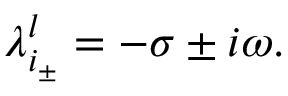
\begin{array} { r } { \lambda _ { i _ { \pm } } ^ { l } = - \sigma \pm i \omega . } \end{array}